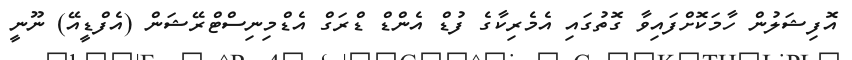
އޮފިޝަލުން ހާމަކޮށްފައިވާ ގޮތުގައި އެމެރިކާގެ ފުޑް އެންޑް ޑްރަގް އެޑްމިނިސްޓްރޭޝަން (އެފްޑީއޭ) ނޫނީ